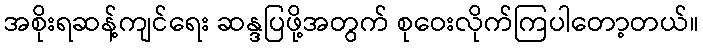
အစိုးရဆန့်ကျင်ရေး ဆန္ဒပြဖို့အတွက် စုဝေးလိုက်ကြပါတော့တယ်။